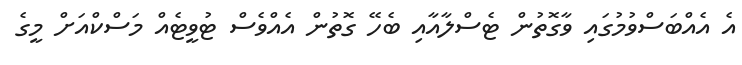
އެ އެއްބަސްވުމުގައި ވާގޮތުން ޓެސްލާއާއި ބެހޭ ގޮތުން އެއްވެސް ޓުވީޓެއް މަސްކްއަށް މީގެ